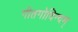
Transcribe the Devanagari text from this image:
गीतगोविन्दम्